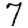
Digit: 7